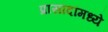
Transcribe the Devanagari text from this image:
प्रासादांमध्ये